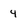
Character: 4